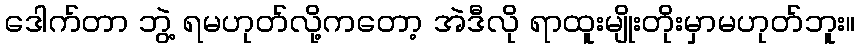
ဒေါက်တာ ဘွဲ့ ရမဟုတ်လို့ကတော့ အဲဒီလို ရာထူးမျိုးတိုးမှာမဟုတ်ဘူး။